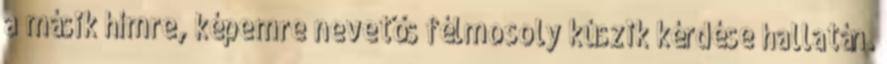
a másik hímre, képemre nevetős félmosoly kúszik kérdése hallatán.